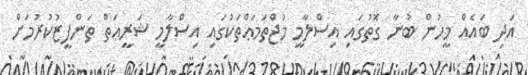
އަދި ބައެއް މީހުން ބުނާ ގޮތުގައި އިސްލާމީ މުޖްތަމަޢްތަކުގައި އިސްލާމީ ޝަރީޢަތް ތަންފީޒުކުރުމަށް